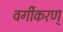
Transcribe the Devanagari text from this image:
वर्गीकरण्